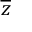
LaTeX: \overline { { z } }